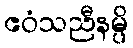
ဧဝံသညီနမ္ပိ